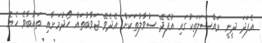
އެފަދަ ދީނީ މައްސަލަތަކުގައި އުފެދޭ ސުވާލުތަކަށް އެދެވޭ ޖަވާބުތައް ހޯދުމަށާއި ތައުބާވެ ހެޔޮ